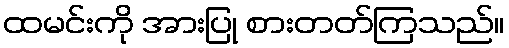
ထမင်းကို အားပြု စားတတ်ကြသည်။